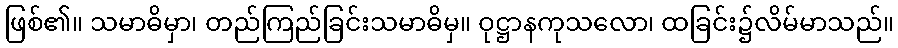
ဖြစ်၏။ သမာဓိမှာ၊ တည်ကြည်ခြင်းသမာဓိမှ။ ဝုဋ္ဌာနကုသလော၊ ထခြင်း၌လိမ်မာသည်။